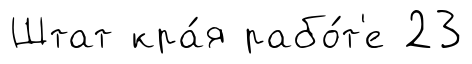
Штат кра́я рабо́т'е 23